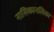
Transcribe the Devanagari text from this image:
नासिकानलिका